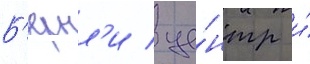
Б'ернл'и / це́нтр и́